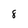
Character: 8